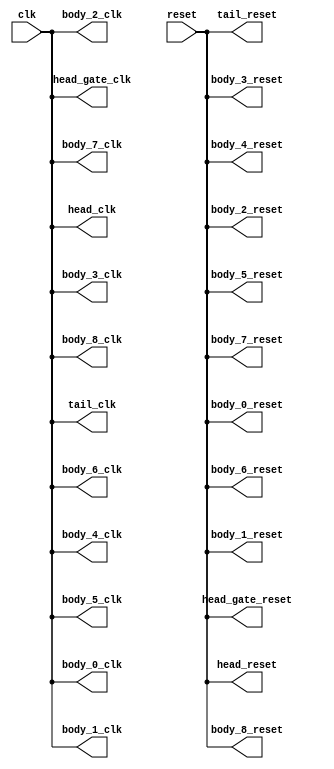
// ==================================================
// RTL generated by RapidStream
//
// Copyright 2024 RapidStream Design Automation, Inc.
// All Rights Reserved.
// ==================================================
`timescale 1 ns / 1 ps
module __rs___rs_hs_pipeline_aux_split_aux_1 #(
    parameter DATA_WIDTH                      = 32,
    parameter DEPTH                           = 24,
    parameter PIPELINE_READY_IN_HEAD          = 1,
    parameter PIPELINE_VALID_AND_DATA_IN_HEAD = 0,
    parameter PIPELINE_BODY_LEVEL             = 2,
    parameter MEM_STYLE                       = 0,
    parameter __HEAD_REGION                   = "",
    parameter __BODY_0_REGION                 = "",
    parameter __BODY_1_REGION                 = "",
    parameter __BODY_2_REGION                 = "",
    parameter __BODY_3_REGION                 = "",
    parameter __BODY_4_REGION                 = "",
    parameter __BODY_5_REGION                 = "",
    parameter __BODY_6_REGION                 = "",
    parameter __BODY_7_REGION                 = "",
    parameter __BODY_8_REGION                 = "",
    parameter __TAIL_REGION                   = "",
    parameter GRACE_PERIOD                    = PIPELINE_BODY_LEVEL * 2 + PIPELINE_READY_IN_HEAD + PIPELINE_VALID_AND_DATA_IN_HEAD,
    parameter REAL_DEPTH                      = GRACE_PERIOD + DEPTH + 4,
    parameter REAL_ADDR_WIDTH                 = $clog2 ( REAL_DEPTH )
) (
    output wire body_0_clk,
    output wire body_0_reset,
    output wire body_1_clk,
    output wire body_1_reset,
    output wire body_2_clk,
    output wire body_2_reset,
    output wire body_3_clk,
    output wire body_3_reset,
    output wire body_4_clk,
    output wire body_4_reset,
    output wire body_5_clk,
    output wire body_5_reset,
    output wire body_6_clk,
    output wire body_6_reset,
    output wire body_7_clk,
    output wire body_7_reset,
    output wire body_8_clk,
    output wire body_8_reset,
    input wire  clk,
    output wire head_clk,
    output wire head_gate_clk,
    output wire head_gate_reset,
    output wire head_reset,
    input wire  reset,
    output wire tail_clk,
    output wire tail_reset
);
assign body_0_clk = clk;
assign body_0_reset = reset;
assign body_1_clk = clk;
assign body_1_reset = reset;
assign body_2_clk = clk;
assign body_2_reset = reset;
assign body_3_clk = clk;
assign body_3_reset = reset;
assign body_4_clk = clk;
assign body_4_reset = reset;
assign body_5_clk = clk;
assign body_5_reset = reset;
assign body_6_clk = clk;
assign body_6_reset = reset;
assign body_7_clk = clk;
assign body_7_reset = reset;
assign body_8_clk = clk;
assign body_8_reset = reset;
assign head_clk = clk;
assign head_gate_clk = clk;
assign head_gate_reset = reset;
assign head_reset = reset;
assign tail_clk = clk;
assign tail_reset = reset;
endmodule